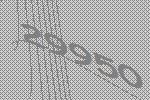
29950